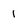
Character: 1